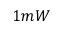
1 m W